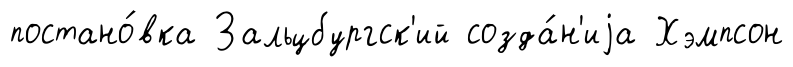
постано́вка Зальцбургск'ий созда́н'иjа Хэмпсон